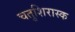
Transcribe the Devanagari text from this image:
चतुशिरास्क